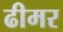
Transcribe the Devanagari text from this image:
ढीमर